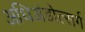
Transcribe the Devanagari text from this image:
अधिअंडोत्सर्ग